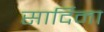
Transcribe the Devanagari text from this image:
सार्दिना